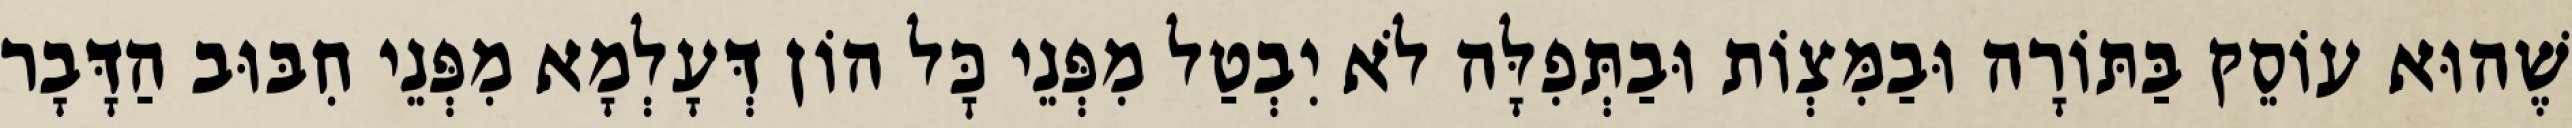
שֶׁהוּא עוֹסֵק בַּתּוֹרָה וּבַמִּצְוֹת וּבַתְּפִלָּה לֹא יִבְטַל מִפְּנֵי כׇּל הוֹן דְּעָלְמָא מִפְּנֵי חִבּוּב הַדָּבָר